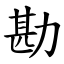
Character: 勘